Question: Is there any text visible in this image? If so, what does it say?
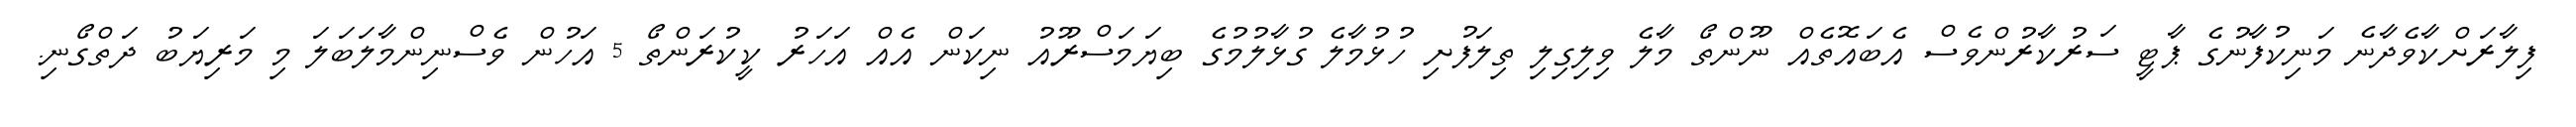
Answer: ފިލާރަށްކާވެދާނެ މަނިކުފާނުގެ ޕާޓީ ސަރުކާރުންވެސް އެބައޮތެއް ނޫންތޯ މާލެ ވިލިގިލި ތިލަފުށި ހުޅުމާލެ ގުޅާލުމުގެ ބިޔަމަސްރޫއު ނިކަން އެއް އަހަރު ކީކުރަންތޯ 5 އަހުން ވެސްނިންމާލަބަލަ މި މަރިޔަބު ދަތްގޯނި.